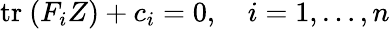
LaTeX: \mathrm{tr}\ (F_{i}Z)+c_{i}=0,\quad i=1,\dots,n